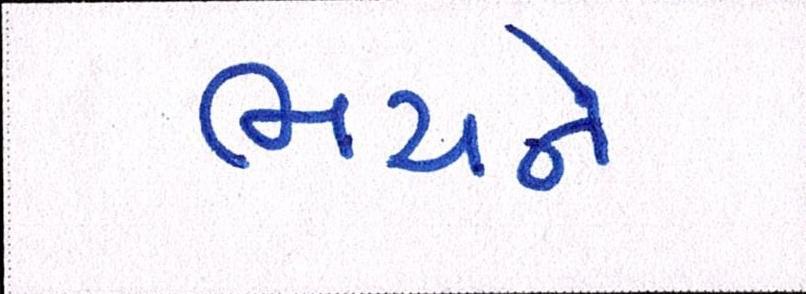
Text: ભયને